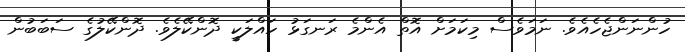
ހުންނަންޖެހެއެވެ. ނަމަވެސް މިކަމަށް އޮތް އެންމެ ރަނގަޅު ހައްލަކީ ދޮންކޭލެވެ. ދޮންކޭލުގެ ސަބަބުން